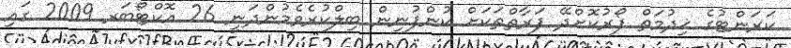
ކަރަންޓުގެ ޚިދުމަތް ފޯރުކޮށްދޭ ފަރާތްތަކަށް ކުންފުނިން ބިލްކުރެވެމުންދަނީ 26 އޮކްޓޯބަރ 2009 ގައި